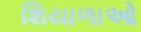
શિયાળાઓ